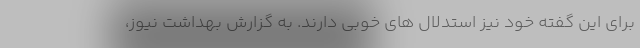
برای این گفته خود نیز استدلال های خوبی دارند. به گزارش بهداشت نیوز،